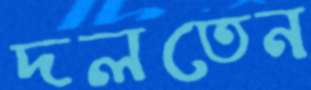
দলতেন